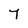
Character: 7